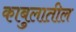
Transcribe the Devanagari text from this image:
काबुलातील